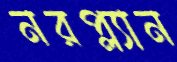
নরপ্ল্যান